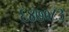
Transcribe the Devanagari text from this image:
६४७०८३